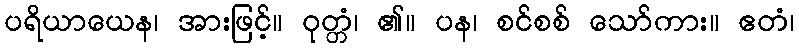
ပရိယာယေန၊ အားဖြင့်။ ဝုတ္တံ၊ ၏။ ပန၊ စင်စစ် သော်ကား။ ဧတံ၊